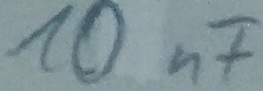
Text: 10nF